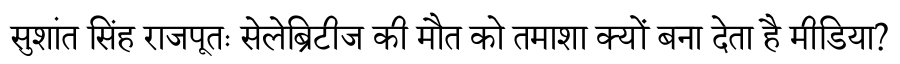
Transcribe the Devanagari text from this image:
सुशांत सिंह राजपूतः सेलेब्रिटीज की मौत को तमाशा क्यों बना देता है मीडिया?